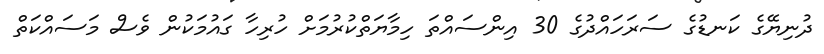
ދުނިޔޭގެ ކަނޑުގެ ސަރަހައްދުގެ 30 އިންސައްތަ ހިމާޔަތްކުރުމަށް ހުރިހާ ގައުމަކުން ވެސް މަސައްކަތް